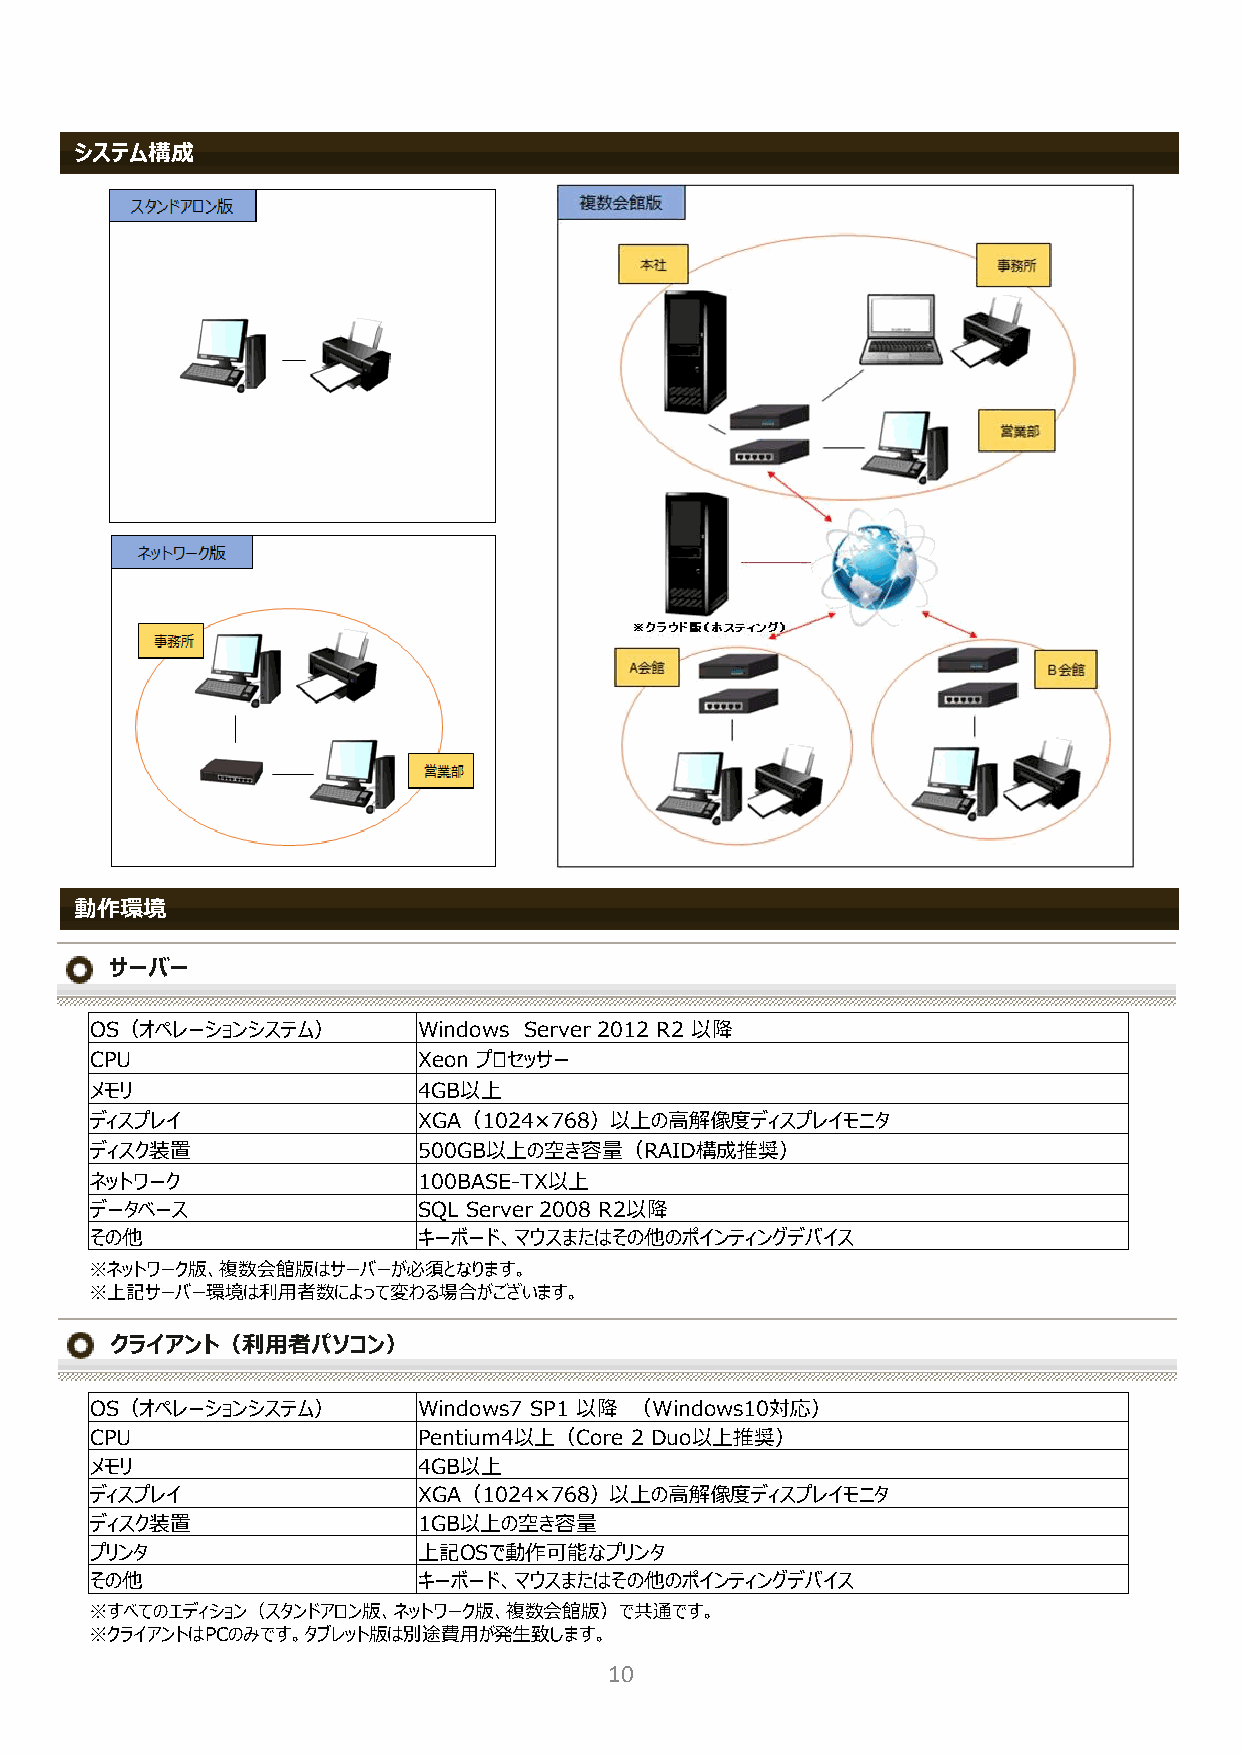
システム構成
 動作環境
 サーバー
 OS（オペレーションシステム）       Windows Server 2012 R2 以降
 CPU                   Xeon プロセッサー
 メモリ                   4GB以上
 ディスプレイ                XGA（1024×768）以上の高解像度ディスプレイモニタ
 ディスク装置                500GB以上の空き容量（RAID構成推奨）
 ネットワーク                100BASE-TX以上
 データベース                SQL Server 2008 R2以降
 その他                   キーボード、マウスまたはその他のポインティングデバイス
 ※ネットワーク版、複数会館版はサーバーが必須となります。
 ※上記サーバー環境は利用者数によって変わる場合がございます。
 クライアント（利用者パソコン）
 OS（オペレーションシステム）       Windows7 SP1 以降 （Windows10対応）
 CPU                   Pentium4以上（Core 2 Duo以上推奨）
 メモリ                   4GB以上
 ディスプレイ                XGA（1024×768）以上の高解像度ディスプレイモニタ
 ディスク装置                1GB以上の空き容量
 プリンタ                  上記OSで動作可能なプリンタ
 その他                   キーボード、マウスまたはその他のポインティングデバイス
 ※すべてのエディション（スタンドアロン版、ネットワーク版、複数会館版）で共通です。
 ※クライアントはPCのみです。タブレット版は別途費用が発生致します。
 10